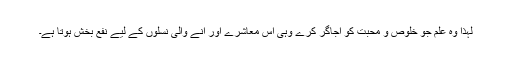
لہٰذا وہ علم جو خلوص و محبت کو اجاگر کرے وہی اس معاشرے اور آنے والی نسلوں کے لیے نفع بخش ہوتا ہے۔